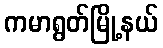
ကမာရွတ်မြို့နယ်